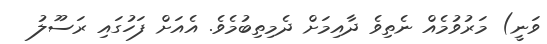
ވަނީ) މަރުވުމެއް ނެތިވެ ދާއިމަށް ދެމިތިބުމެވެ. އެއަށް ފަހުގައި ރަސޫލު